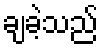
ချခဲ့သည်